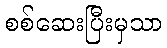
စစ်ဆေးပြီးမှသာ